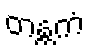
တန္တကံ